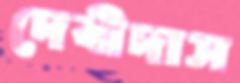
দেবীদাস